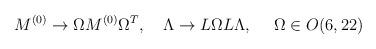
LaTeX: \begin{align*}M^{(0)} \to \Omega M^{(0)} \Omega^T, \ \ \ \Lambda \to L\Omega L \Lambda , \ \ \ \ \Omega\in O(6,22)\end{align*}